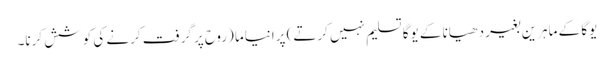
یوگا کے ماہرین بغیر دھیانا کے یوگا تسلیم نہیں کرتے) پرانیاما (روح پر گرفت کرنے کی کوشش کرنا۔